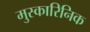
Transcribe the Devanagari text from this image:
मुस्कारिनिक